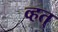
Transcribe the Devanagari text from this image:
व्हत्